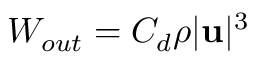
W _ { o u t } = C _ { d } \rho | \mathbf { u } | ^ { 3 }